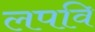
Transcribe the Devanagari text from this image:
लपवि